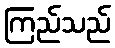
ကြည်သည်